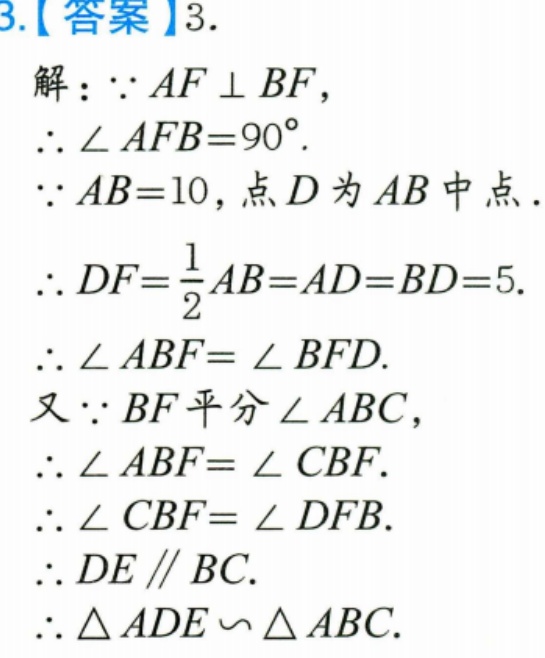
3.【答案】3.
解：\(\because AF\perp BF\)，
\(\therefore\angle AFB = 90^{\circ}\).
\(\because AB = 10\)，点 \(D\)为 \(AB\)中点.
\(\therefore DF=\dfrac{1}{2}AB = AD = BD = 5\).
\(\therefore\angle ABF=\angle BFD\).
又\(\because BF\)平分\(\angle ABC\)，
\(\therefore\angle ABF=\angle CBF\).
\(\therefore\angle CBF=\angle DFB\).
\(\therefore DE\parallel BC\).
\(\therefore\triangle ADE\backsim\triangle ABC\).